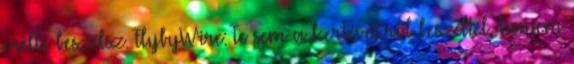
mellé beszélsz. FlybyWire: Te sem a kertévékről beszéltél, hanem